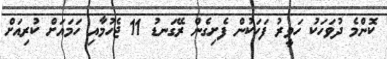
ކޮންމެ ދުވަހަކު ހަވީރު ފަހަކުން ފެށިގެން ރޭގަނޑު 11 ޖެހުމާއި ހަމައަށް ކުރިއަށް